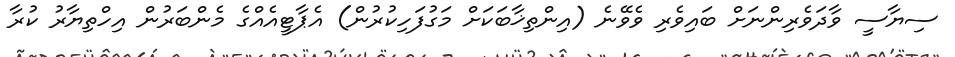
ސިޔާސީ ވާދަވެރިންނަށް ބައިވެރި ވެވޭނެ (އިންތިޚާބަކަށް މަގުފަހިކުރުން) އެޕާޓީއެއްގެ މެންބަރުން އިހްތިޔާރު ކުރާ